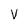
Character: V